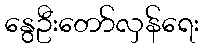
နွေဦးတော်လှန်ရေး